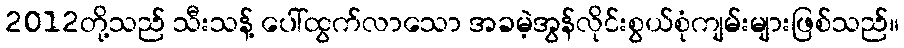
2012တို့သည် သီးသန့် ပေါ်ထွက်လာသော အခမဲ့အွန်လိုင်းစွယ်စုံကျမ်းများဖြစ်သည်။